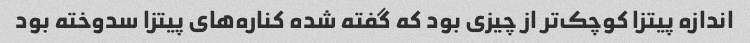
اندازه پیتزا کوچک‌تر از چیزی بود که گفته شده کناره‌های پیتزا سدوخته بود